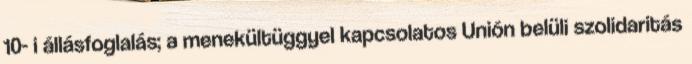
10- i állásfoglalás; a menekültüggyel kapcsolatos Unión belüli szolidaritás